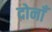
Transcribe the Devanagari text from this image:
दोनाँ